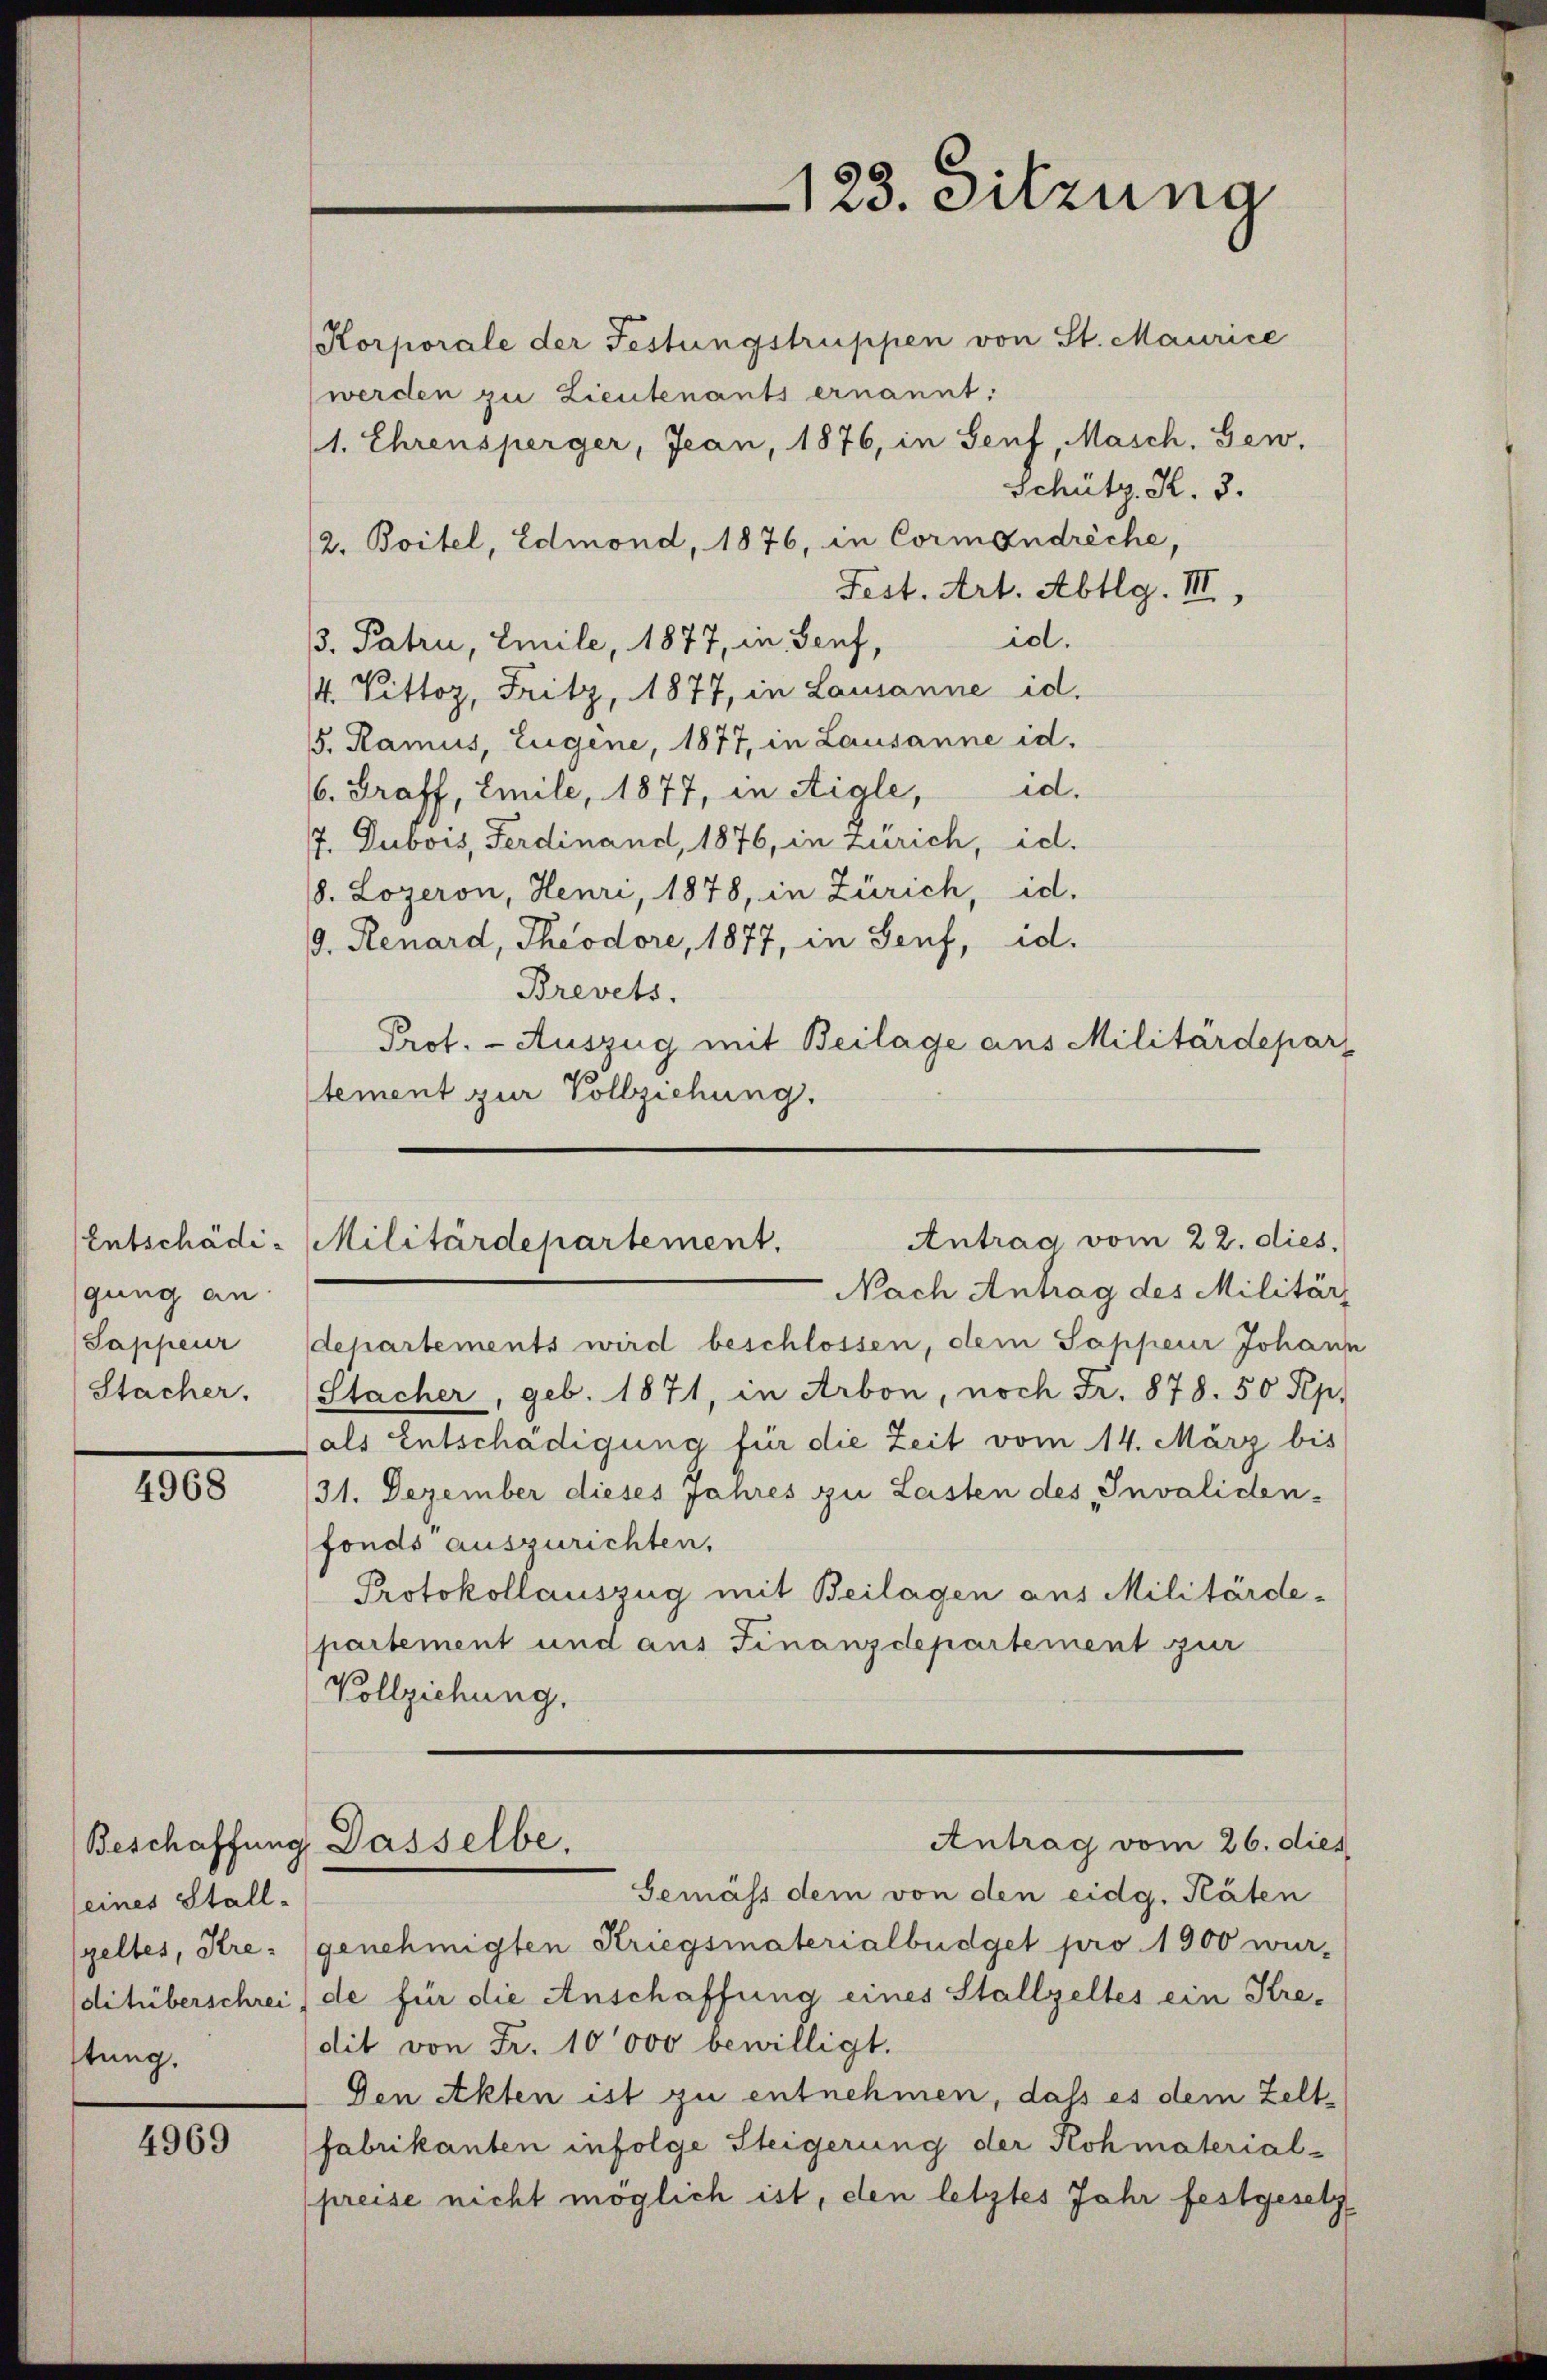
gung an
Sappeur
Stacher.

4968

(eines Stall¬
(geltes, Kre-
ftung.

4969

(Korporale der Festungstruppen von St. Maurice
(werden zu Lieutenants ernannt:
1. Ehrensperger, Jean, 1876, in Senf, Masch. Gew
Schütz, K. 3.
/2. Boitel, Edmond, 1876, in Cormandreche,
Fest. Art. Abtlg. III,
id.
3. Patru, Emile, 1877, in Senf,
/4. Pittoz, Fritz, 1877, in Lausanne id.
5. Ramus, Eugene, 1877, in Lausanne id.
6. Graff, Emile, 1877, in Aigle, d.
7. Dubois, Ferdinand, 1876, in Zürich, id.
18. Lozeron, Henri, 1878, in Zürich, id.
9. Renard, Theodore, 1877, in Senf, id.
Brevets.
Prof. - Auszug mit Beilage aus Militärdepar
tement zur Vollziehung.

123. Sitzuna

Antrag vom 22. dies,
Entschädi-Militärdepartement.

Nach Antrag des Militär
departements wird beschlossen, dem Sappeur Johann
Stacher, geb. 1871, in Arbon, noch Fr. 878. 50 Pep.
(als Entschädigung für die Zeit vom 14. März bis
31. Dezember dieses Jahres zu Lasten des Invaliden-
fonds auszurichten,
Protokollauszug mit Beilagen aus Militärde-
partement und aus Finanzdepartement zur
Vollziehung.

Gemäss dem von den eidg. Räten
genehmigten Kriegsmaterialbüdget pro 1900 wur-
ditüberschrei (de für die Anschaffung eines Stallzeltes ein Kredit von Fr. 10000 bewilligt.
Den Akten ist zu entnehmen, dass es dem Zeltfabrikanten infolge Steigerung der Rohmaterial-
preise nicht möglich ist, den letztes Jahr festgesetz

Antrag vom 26. dies
Beschaffung. Dasselbe